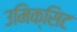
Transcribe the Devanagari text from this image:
उमिक्सिट